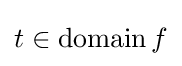
t\in \operatorname {domain} f